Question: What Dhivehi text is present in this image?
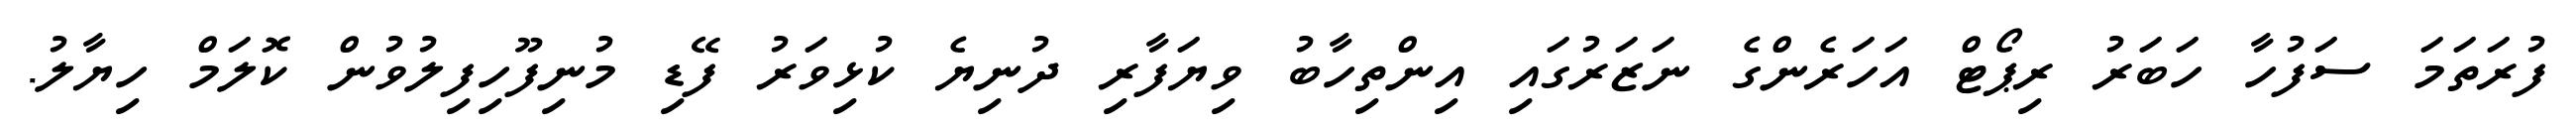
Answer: ފުރަތަމަ ސަފުހާ ހަބަރު ރިޕޯޓް އަހަރެންގެ ނަޒަރުގައި އިންތިހާބު ވިޔަފާރި ދުނިޔެ ކުޅިވަރު ފޭޑި މުނިފޫހިފިލުވުން ކޮލަމް ހިޔާލު.